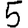
Digit: 5